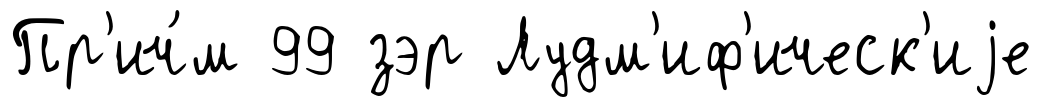
Пр'ич́м 99 зэр Лудм'иф'ическ'иjе